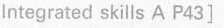
Integrated skills A P43]